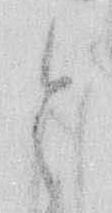
と